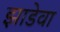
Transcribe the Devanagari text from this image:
झाडेवा